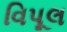
વિપૂલ